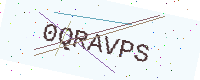
Text: 0QRAVPS